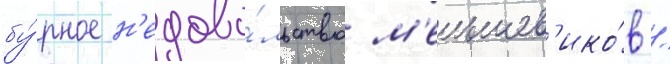
бу́рное н'едово́льство м'еньшев'ико́в /